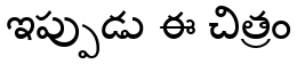
ఇప్పుడు ఈ చిత్రం